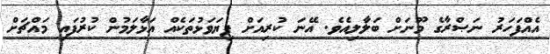
އެއްފަހަރު ނަޞްރާގެ މޫނަށް ބަލާލިއެވެ. އޭނަ ކުރިއަށް ފިޔަވަޅުތަކެއް އަޅާލަމުން ކުރުފައި މައްޗަށް